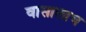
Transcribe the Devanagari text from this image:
वासालाच